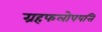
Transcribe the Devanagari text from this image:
ग्रहफलोपपत्ति